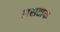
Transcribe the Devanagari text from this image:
असटाक